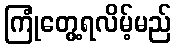
ကြုံတွေ့ရလိမ့်မည်